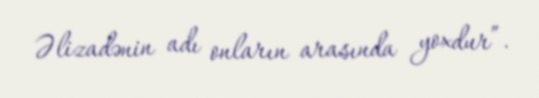
Əlizadənin adı onların arasında yoxdur”.